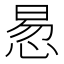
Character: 惖